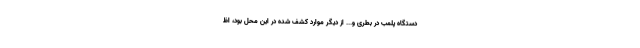
دستگاه پلمب در بطری و... از دیگر موارد کشف شده در این محل بود، اظ